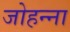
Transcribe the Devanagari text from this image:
जोहन्ना